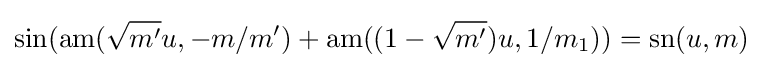
\sin(\operatorname {am} ({\sqrt {m'}}u,-m/m')+\operatorname {am} ((1-{\sqrt {m'}})u,1/m_{1}))=\operatorname {sn} (u,m)